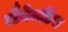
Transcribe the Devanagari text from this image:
लैवेनडिस